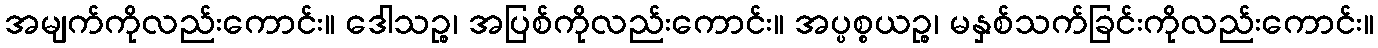
အမျက်ကိုလည်းကောင်း။ ဒေါသဉ္စ၊ အပြစ်ကိုလည်းကောင်း။ အပ္ပစ္စယဉ္စ၊ မနှစ်သက်ခြင်းကိုလည်းကောင်း။